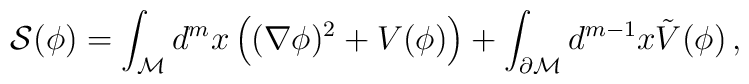
{\cal S}(\phi )=\int_{\cal M} d^mx\left( (\nabla \phi )^2 +V(\phi)\right) +\int_{\partial {\cal M}} d^{m-1}x\tilde V(\phi )\,,